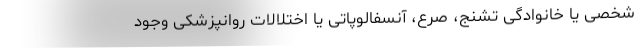
شخصی یا خانوادگی تشنج، صرع، آنسفالوپاتی یا اختلالات روانپزشکی وجود